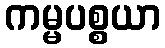
ကမ္မပစ္စယာ